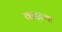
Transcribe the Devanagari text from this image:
कढ्ल्या